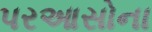
પરઆસોના